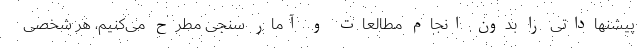
پیشنهاداتی را بدون انجام مطالعات و آمار سنجی مطرح می‌کنیم، هر شخصی